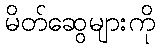
မိတ်ဆွေများကို